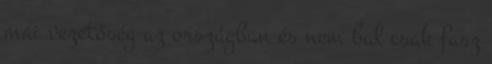
mai vezetőség az országban és nem bal csak fasz